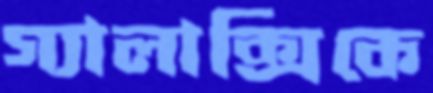
গ্যালাক্সিকে